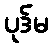
ပုဒ်မ